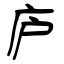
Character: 庐